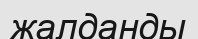
жалданды